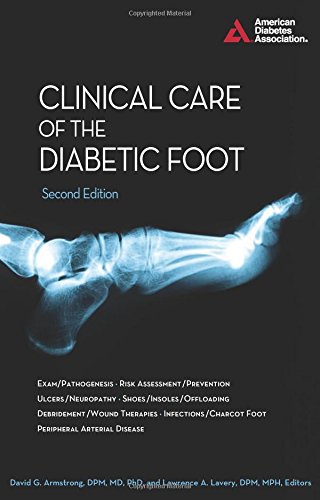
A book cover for Clinical Care of the Diabetic Foot; Medical Books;